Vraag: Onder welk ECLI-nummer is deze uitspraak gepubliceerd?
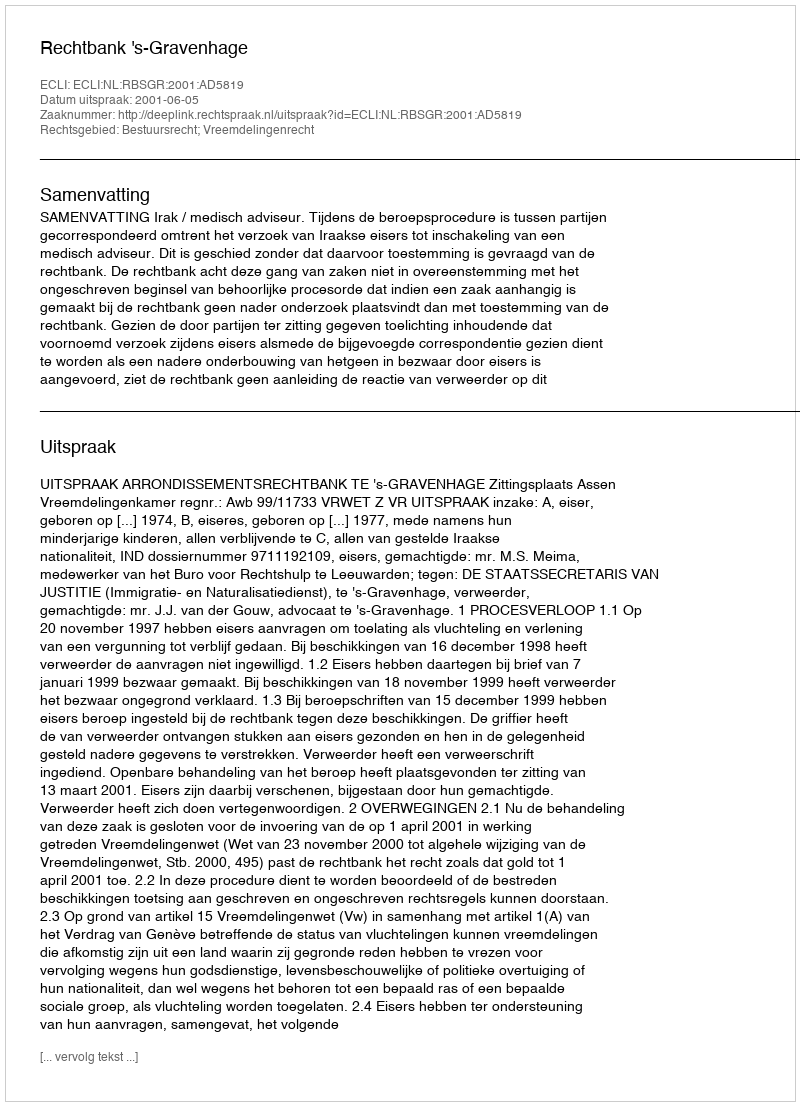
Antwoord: ECLI:NL:RBSGR:2001:AD5819